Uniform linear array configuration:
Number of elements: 8
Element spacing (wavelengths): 0.5
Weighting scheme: exponential
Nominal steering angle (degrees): -45
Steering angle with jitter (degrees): -46.864
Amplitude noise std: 0.05
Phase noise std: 0.05

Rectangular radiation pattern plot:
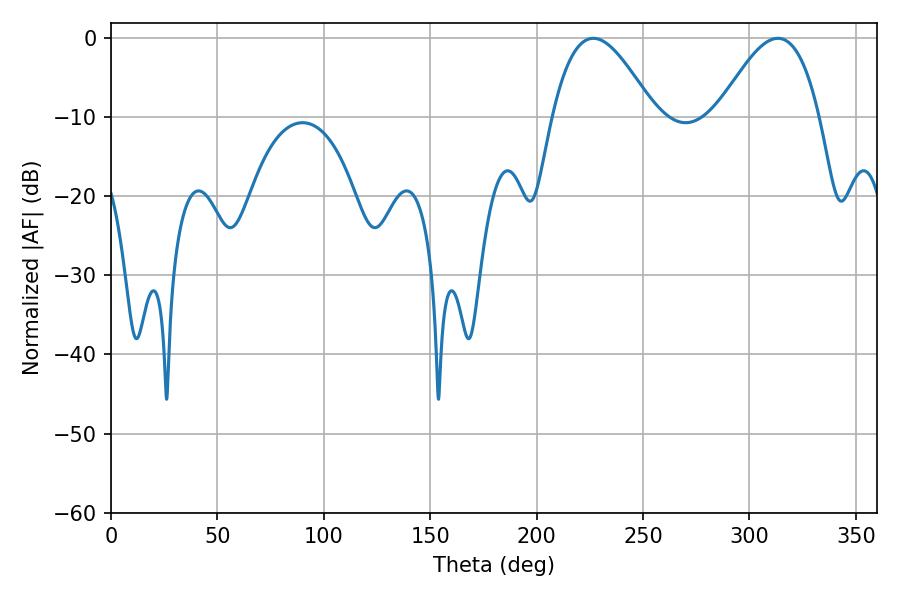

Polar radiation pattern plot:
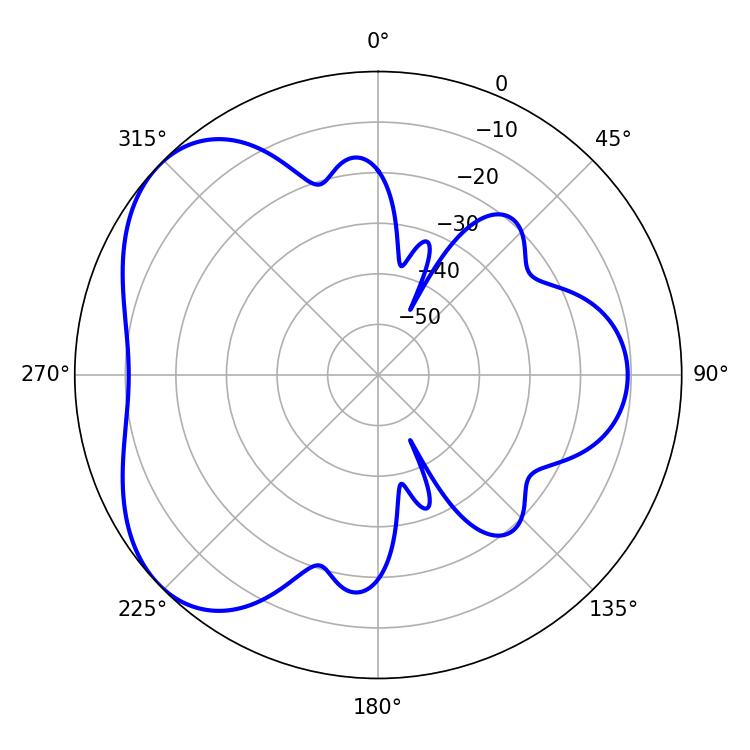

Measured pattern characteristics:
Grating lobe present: FALSE
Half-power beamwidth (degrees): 25.92
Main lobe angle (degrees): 226.62